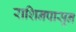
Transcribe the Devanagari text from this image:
राशिनपासून